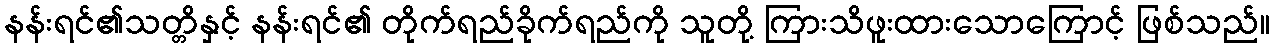
နန်းရင်၏သတ္တိနှင့် နန်းရင်၏ တိုက်ရည်ခိုက်ရည်ကို သူတို့ ကြားသိဖူးထားသောကြောင့် ဖြစ်သည်။